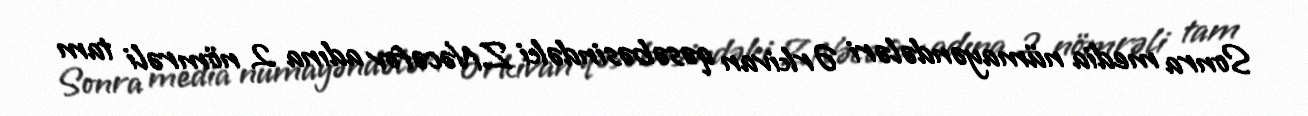
Sonra media nümayəndələri Ərkivan qəsəbəsindəki Z.Nəcəfov adına 2 nömrəli tam